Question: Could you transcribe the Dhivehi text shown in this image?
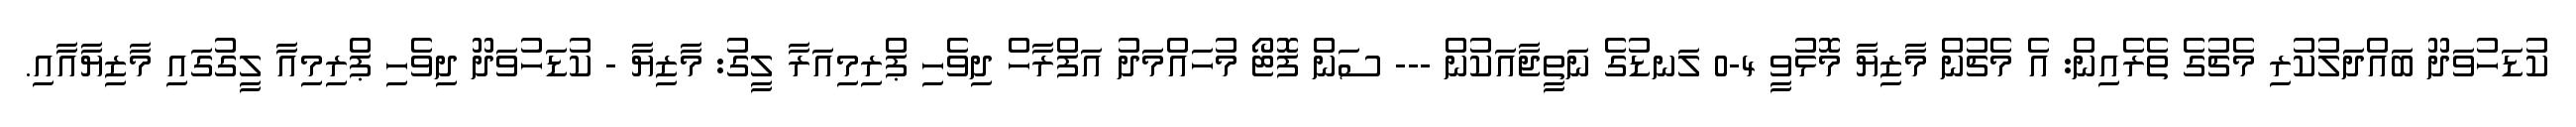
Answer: ކުޑަހުވަދޫ ބައްދަލުކުރި މެޗުގެ ތެރެއިން: އެ މެޗުން މާޒިޔާ މޮޅުވީ 4-0 ލަނޑުގެ ނަތީޖާއަކުން --- ސަން ފޮޓޯ މުހައްމަދު އަފްރާހް ދިވެހި ޕްރިމިއަރާ ލީގު: މާޒިޔާ - ކުޑަހުވަދޫ ދިވެހި ޕްރިމިއާ ލީގުގައި މާޒިޔާއާއި.